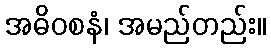
အဓိဝစနံ၊ အမည်တည်း။